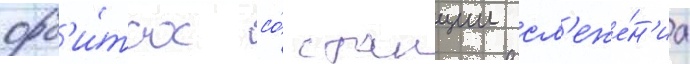
орб'и́тах со́ станции сл'еже́н'иа